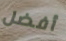
أفضل